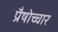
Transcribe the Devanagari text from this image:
प्रैषोच्चार